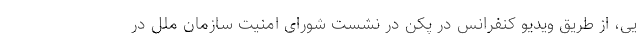
یی، از طریق ویدیو کنفرانس در پکن در نشست شورای امنیت سازمان ملل در